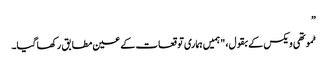
”
ٹموتھی ویکس کے بقول، "ہمیں ہماری توقعات کے عین مطابق رکھا گیا۔